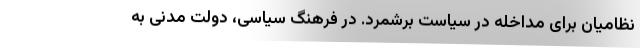
نظامیان برای مداخله در سیاست برشمرد. در فرهنگ سیاسی، دولت مدنی به